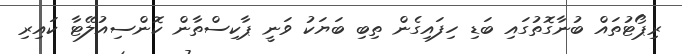
ރިޕޯޓުތައް ބުނާގޮތުގައި ބަޑި ހިފައިގެން ތިބި ބަޔަކު ވަނީ ޕާކިސްތާން ކޮންސިއުލޭޓާ ކައިރި